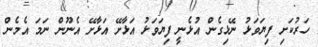
ހަރުކަށި ފިޔަވަޅު ނޭޅިގެން އުޅެނީ ފިޔަވަޅު އަޅާށޭ އަޅާށޭ އެނޫން ނަމަ އެމެން